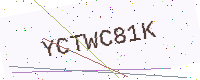
Text: YCTWC81K